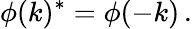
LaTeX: \phi(k)^{*}=\phi(-k)\, .